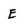
Character: E